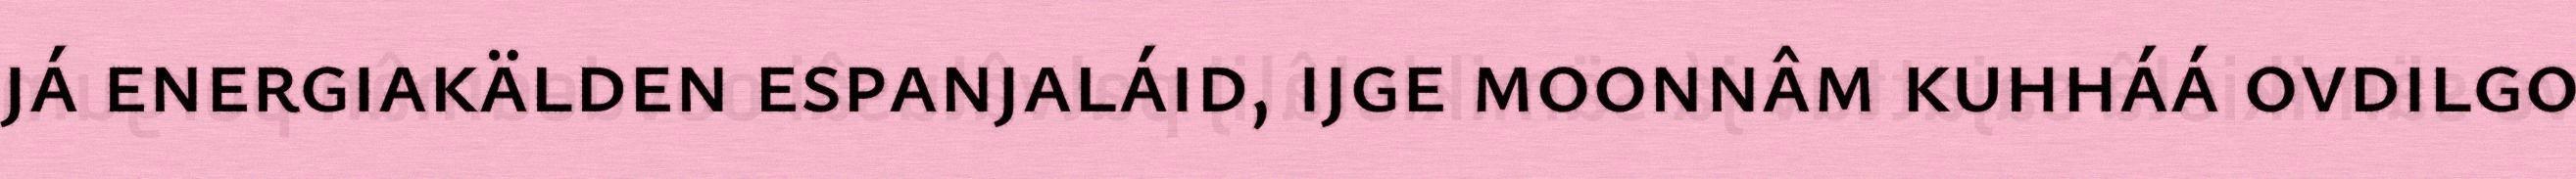
já energiakälden espanjaláid, ijge moonnâm kuhháá ovdilgo